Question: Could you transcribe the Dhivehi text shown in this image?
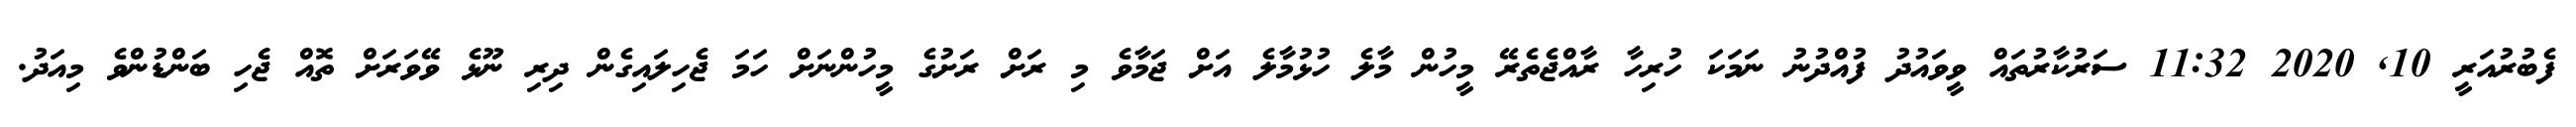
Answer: ފެބުރުއަރީ 10, 2020 11:32 ސަރުކާރުތައް ވީވައުދު ފުއްދުނު ނަމަކަ ހުރިހާ ރާއްޖެތެރޭ މީހުން މާލެ ހުޅުމާލެ އަށް ޖަމާވެ މި ރަށް ރަށުގެ މީހުންނަށް ހަމަ ޖެހިލައިގެން ދިރި ނޫޅެ ވޭވަރަށް ތޮއް ޖެހި ބަންޑުންވެ މިއަދު.